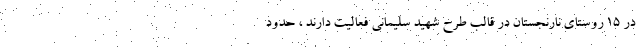
در ۱۵ روستای نارنجستان در قالب طرح شهید سلیمانی فعالیت دارند ، حدود